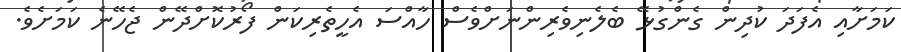
ކަމަށާއި އެފަދަ ކުދިން ގެންގުޅޭ ބެލެނިވެރިންނަށްވެސް ހާއްސަ އެހީތެރިކަން ފޯރުކޮށްދޭން ޖެހޭނެ ކަމަށެވެ.